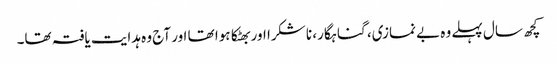
کچھ سال پہلے وہ بے نمازی، گناہگار، نا شکرا اور بھٹکا ہوا تھا اور آج وہ ہدایت یافتہ تھا۔